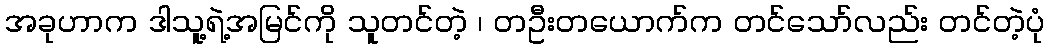
အခုဟာက ဒါသူ့ရဲ့အမြင်ကို သူတင်တဲ့ ၊ တဦးတယောက်က တင်သော်လည်း တင်တဲ့ပုံ